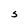
Character: S